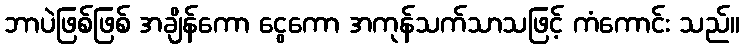
ဘာပဲဖြစ်ဖြစ် အချိန်ကော ငွေကော အကုန်သက်သာသဖြင့် ကံကောင်း သည်။